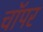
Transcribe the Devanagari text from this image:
चॉपर